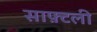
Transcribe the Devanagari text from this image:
साफ़्टली